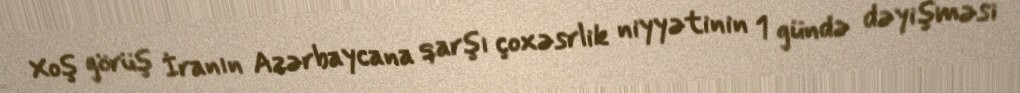
Xoş görüş İranın Azərbaycana qarşı çoxəsrlik niyyətinin 1 gündə dəyişməsi